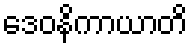
ဒေဝနိကာယာတိ